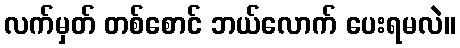
လက်မှတ် တစ်စောင် ဘယ်လောက် ပေးရမလဲ။